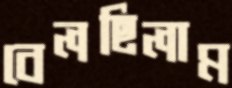
বেলছিলাম